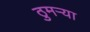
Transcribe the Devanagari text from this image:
ठुमऱ्या